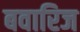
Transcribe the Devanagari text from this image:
बवारिज